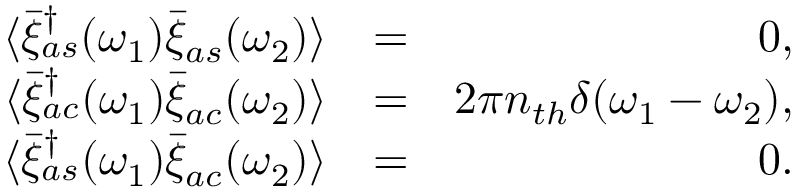
\begin{array} { r l r } { \langle \bar { \xi } _ { a s } ^ { \dagger } ( \omega _ { 1 } ) \bar { \xi } _ { a s } ( \omega _ { 2 } ) \rangle } & { = } & { 0 , } \\ { \langle \bar { \xi } _ { a c } ^ { \dagger } ( \omega _ { 1 } ) \bar { \xi } _ { a c } ( \omega _ { 2 } ) \rangle } & { = } & { 2 \pi n _ { t h } \delta ( \omega _ { 1 } - \omega _ { 2 } ) , } \\ { \langle \bar { \xi } _ { a s } ^ { \dagger } ( \omega _ { 1 } ) \bar { \xi } _ { a c } ( \omega _ { 2 } ) \rangle } & { = } & { 0 . } \end{array}